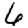
Digit: 6